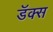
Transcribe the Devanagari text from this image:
डॅक्स